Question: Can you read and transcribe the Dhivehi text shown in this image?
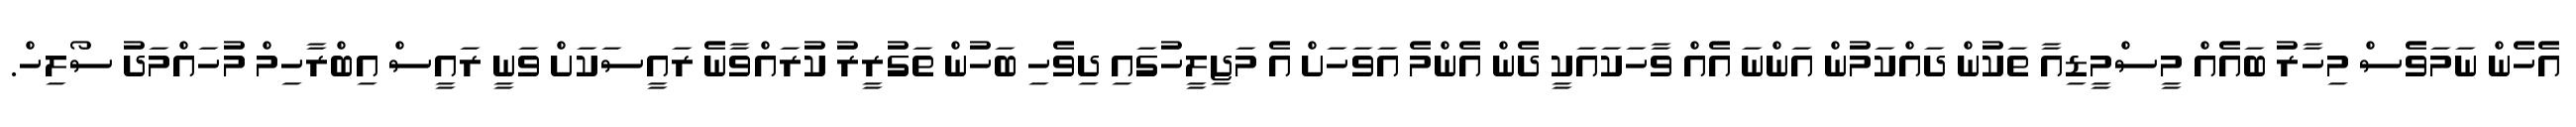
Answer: އެހެން ނަމަވެސް މިހާރު ބައެއް މީސްމީޑިއާ ތަކުން ދައްކަމުން އަންނަ އެއް ވާހަކައަކީ ދެން އެންމެ އަވަހަށް އެ މަޖިލީހުގައި ދިވެހި ބަހުން ތަގުރީރު ކުރައްވާނެ ރައީސަކަށް ވަނީ ރައީސް އިބްރާހިމް މުހައްމަދު ސޯލިހް.